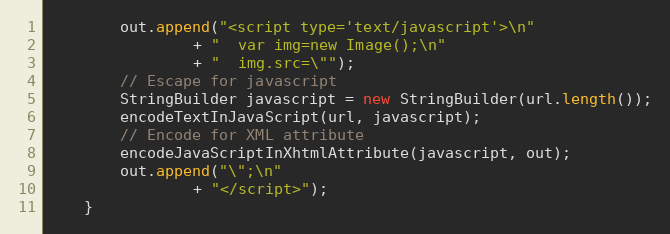
Language: Java
		out.append("<script type='text/javascript'>\n"
				+ "  var img=new Image();\n"
				+ "  img.src=\"");
		// Escape for javascript
		StringBuilder javascript = new StringBuilder(url.length());
		encodeTextInJavaScript(url, javascript);
		// Encode for XML attribute
		encodeJavaScriptInXhtmlAttribute(javascript, out);
		out.append("\";\n"
				+ "</script>");
	}